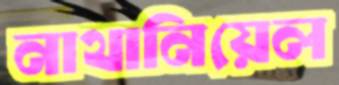
নাথানিয়েল